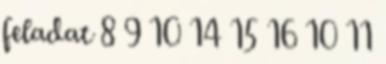
feladat 8 9 10 14 15 16 10 11